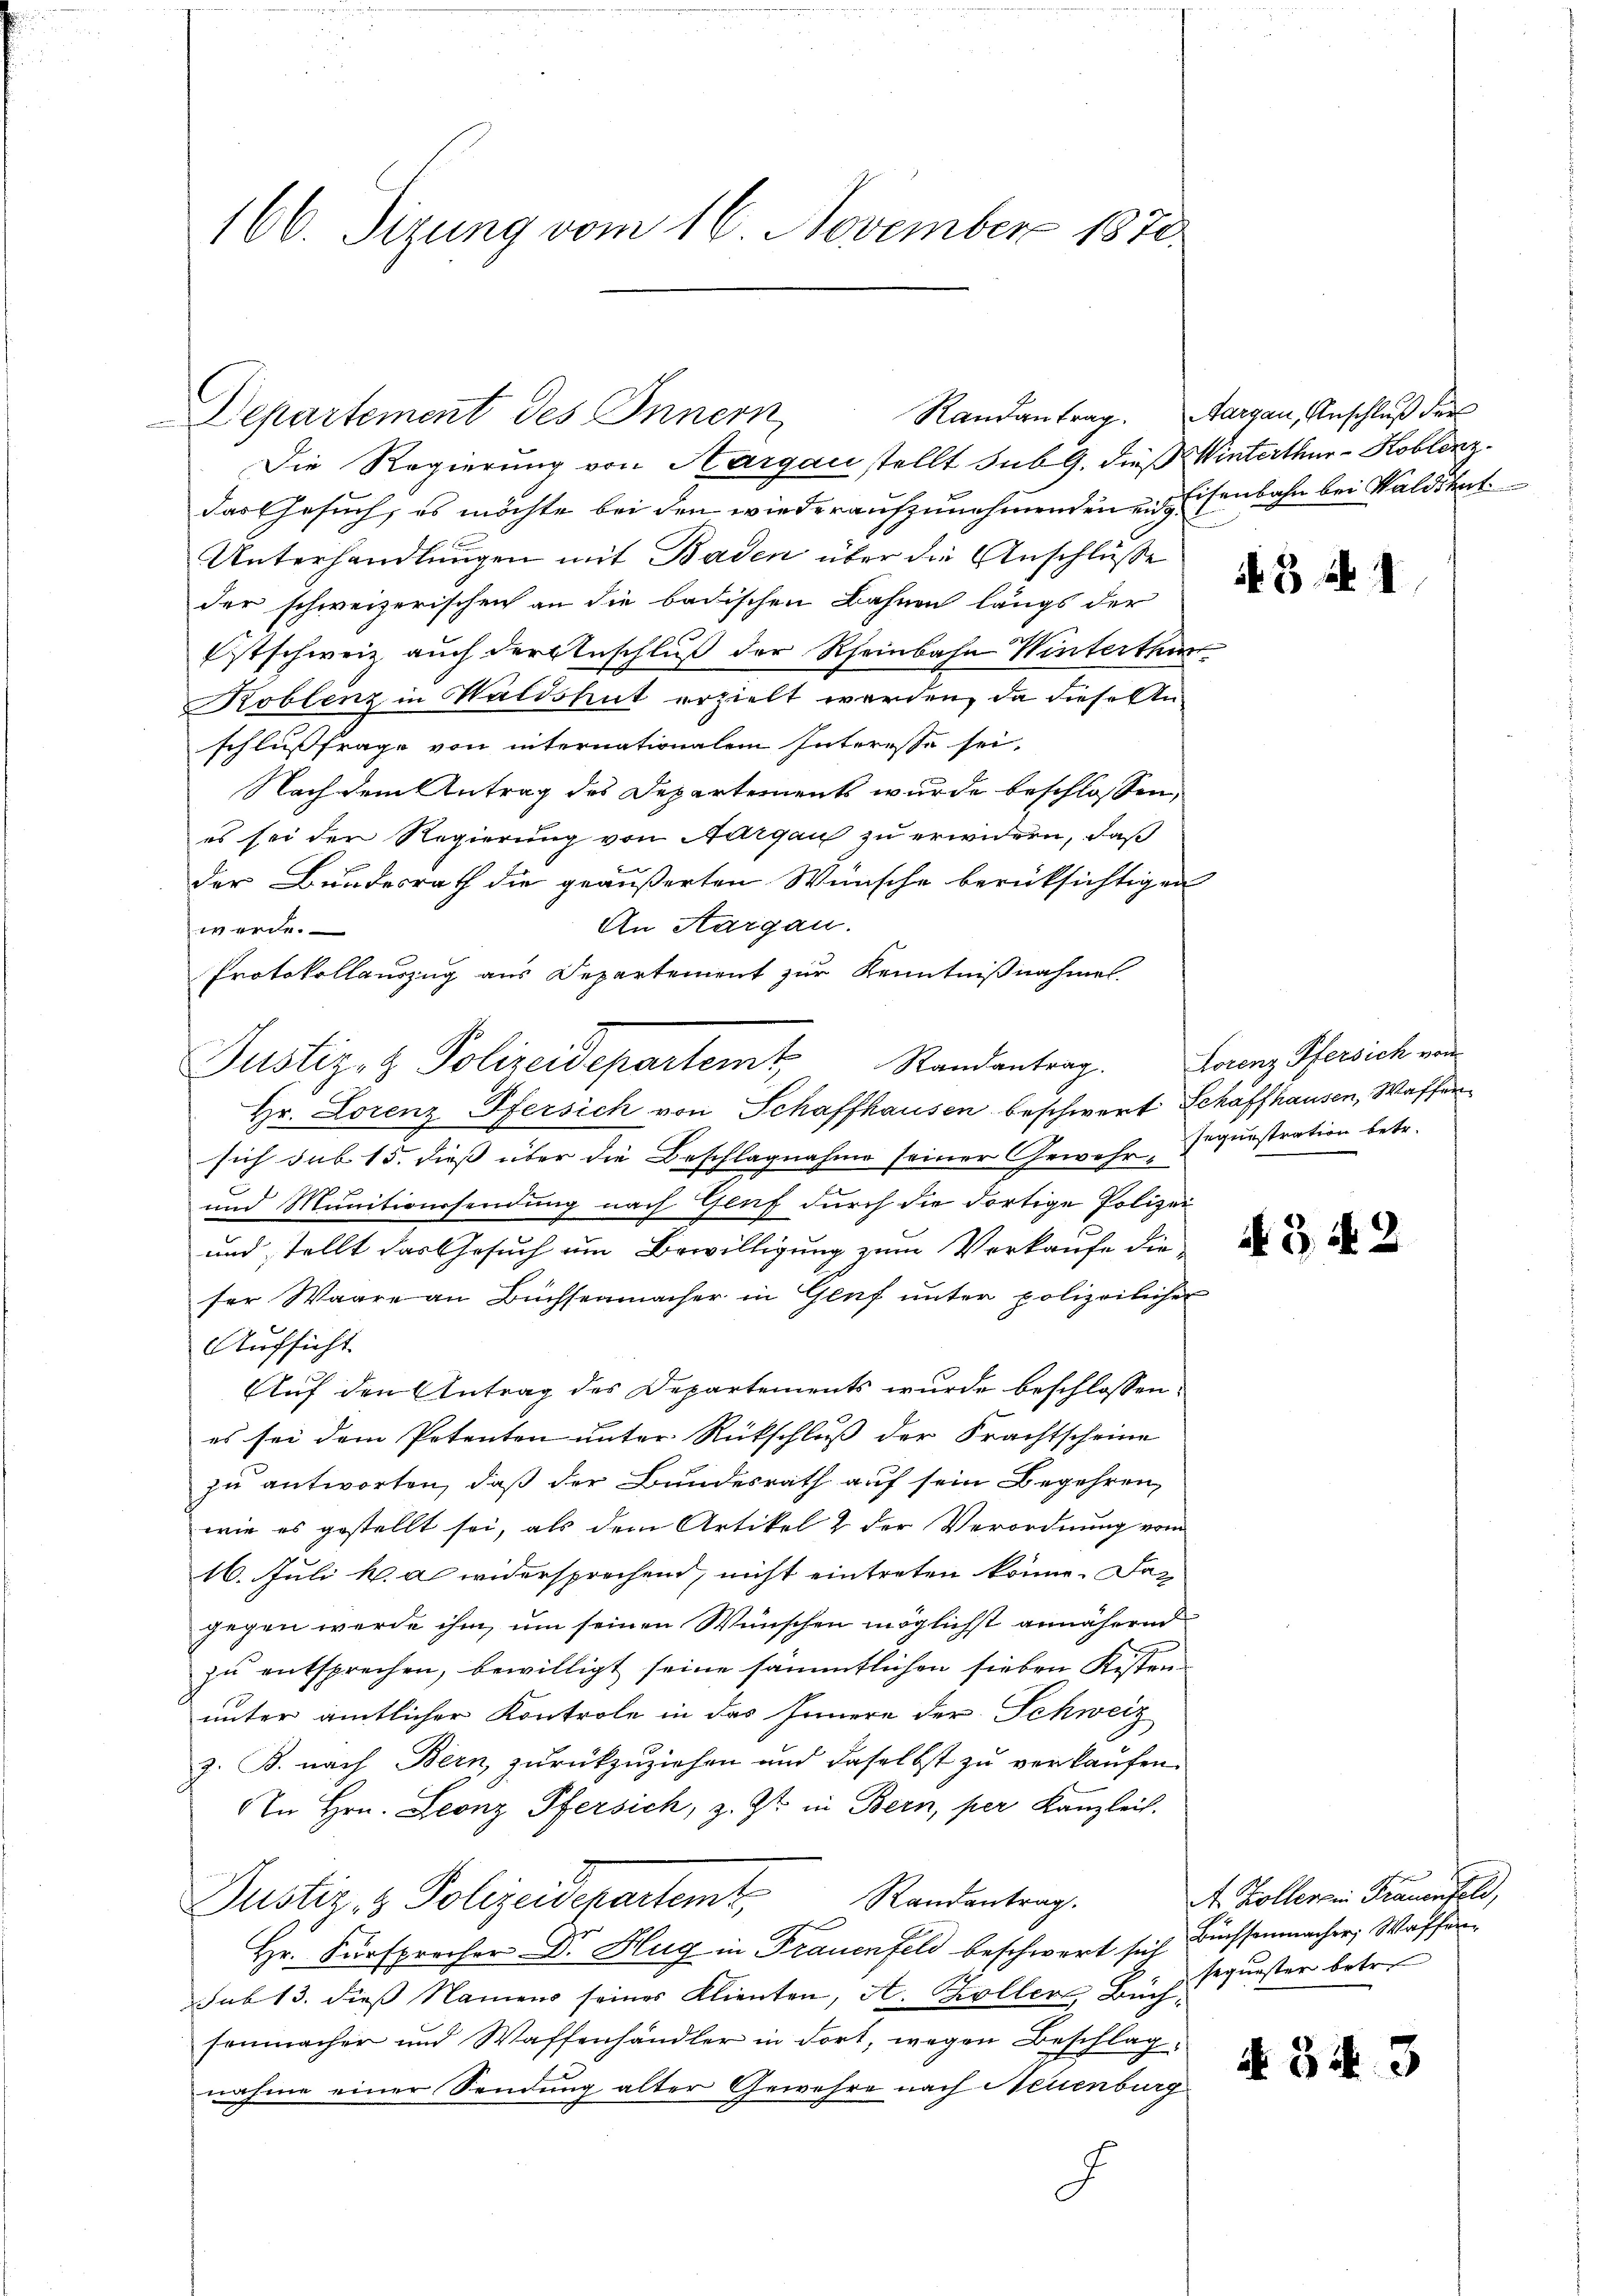
166. Sizung vom 16. November 1870.

Departement des Innern

Justiz- & Polizeidepartemt Randantrag. Lorenz Pfersich von

Randantrag. Aargau, Anschluß der

Die Regierung von Aargau stellt sub 9. dieß Winterthur–Koblenz
das Gesuch, es möchte bei den wieder aufzunehmenden in Eisenbahn bei Waldstat
Unterhandlungen mit Baden über die Anschluße
der schweizerischen an die badischen Bahnen längs der
Estschweiz auch der Anschluß der Rheinbahn Winterthur
Koblenz in Waldshut erzielt werden, da diese Anschlußfrage von internationalem Interesse sei,
Nach dem Antrag des Departements wurde beschlossen,
es sei der Regierung von Aargau zu erwidern, daß
der Bundesrath die geäußerten Wünsche berüksichtigen
An Aargau.
werde.
Protokollauszug aus Departement zur Kenntnißnahme.
Hr. Lorenz Pfersich von Schaffhausen beschwert Schaffhausen, Waffen
sich sub 15. diess über die Beschlagnahme seiner Gewehr- Jogunstration betr.
und Munitionssendung nach Genf durch die dortige Polizei
und stellt das Gesuch um Bewilligung zum Verkaufe die
ser Waare an Büchsenmacher in Genf unter polizeilicher
Aufsicht.
Auf den Antrag des Departements wurde beschlossen:
es sei dem Petenten unter Rückschluß der Frachtscheine
zu antworten, daß der Bundesrath auf sein Begehren,
wie es gestellt sei, als dem Artikel & der Verordnung vom
16. Juli ka widersprechend, nicht eintreten könne. Daz
gegen werde ihm, um seinen Wünschen möglichst annähernd
zŭ entsprechen, bewilligt seine sämmtlichen sieben Kistenunter amtlicher Kontrole in das Innere der Schweiz
z. B. nach Bern, zurückzuziehen und daselbst zu verkaufen.
An Hrn. Leonz Pfersich, z. Zt. in Bern, per Kanzleich.
Justiz & Polizeidepartemt Standentrag
1
Hr. Fürsprecher Dr. Hug in Frauenfeld beschwert sich Büchsenmacher, Waffensub 13. dieß Namens seines Klienten, A. Koller Büchsonmacher und Waffenhändler in dort, wegen Beschlag
nahme einer Sendung alter Gewehre nach Neuenburg
.

B a 1

NG. § 2

A. Kollen in Frauenfeld,
sequester betr.

N 343